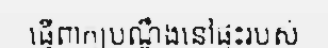
ធ្វើពាក្យបណ្តឹងនៅផ្ទះរបស់